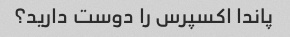
پاندا اکسپرس را دوست دارید؟